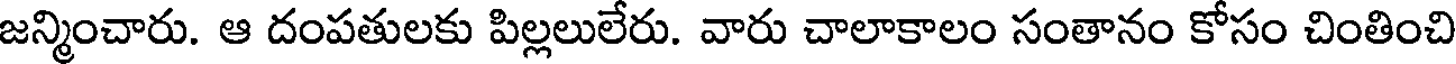
జన్మించారు. ఆ దంపతులకు పిల్లలులేరు. వారు చాలాకాలం సంతానం కోసం చింతించి